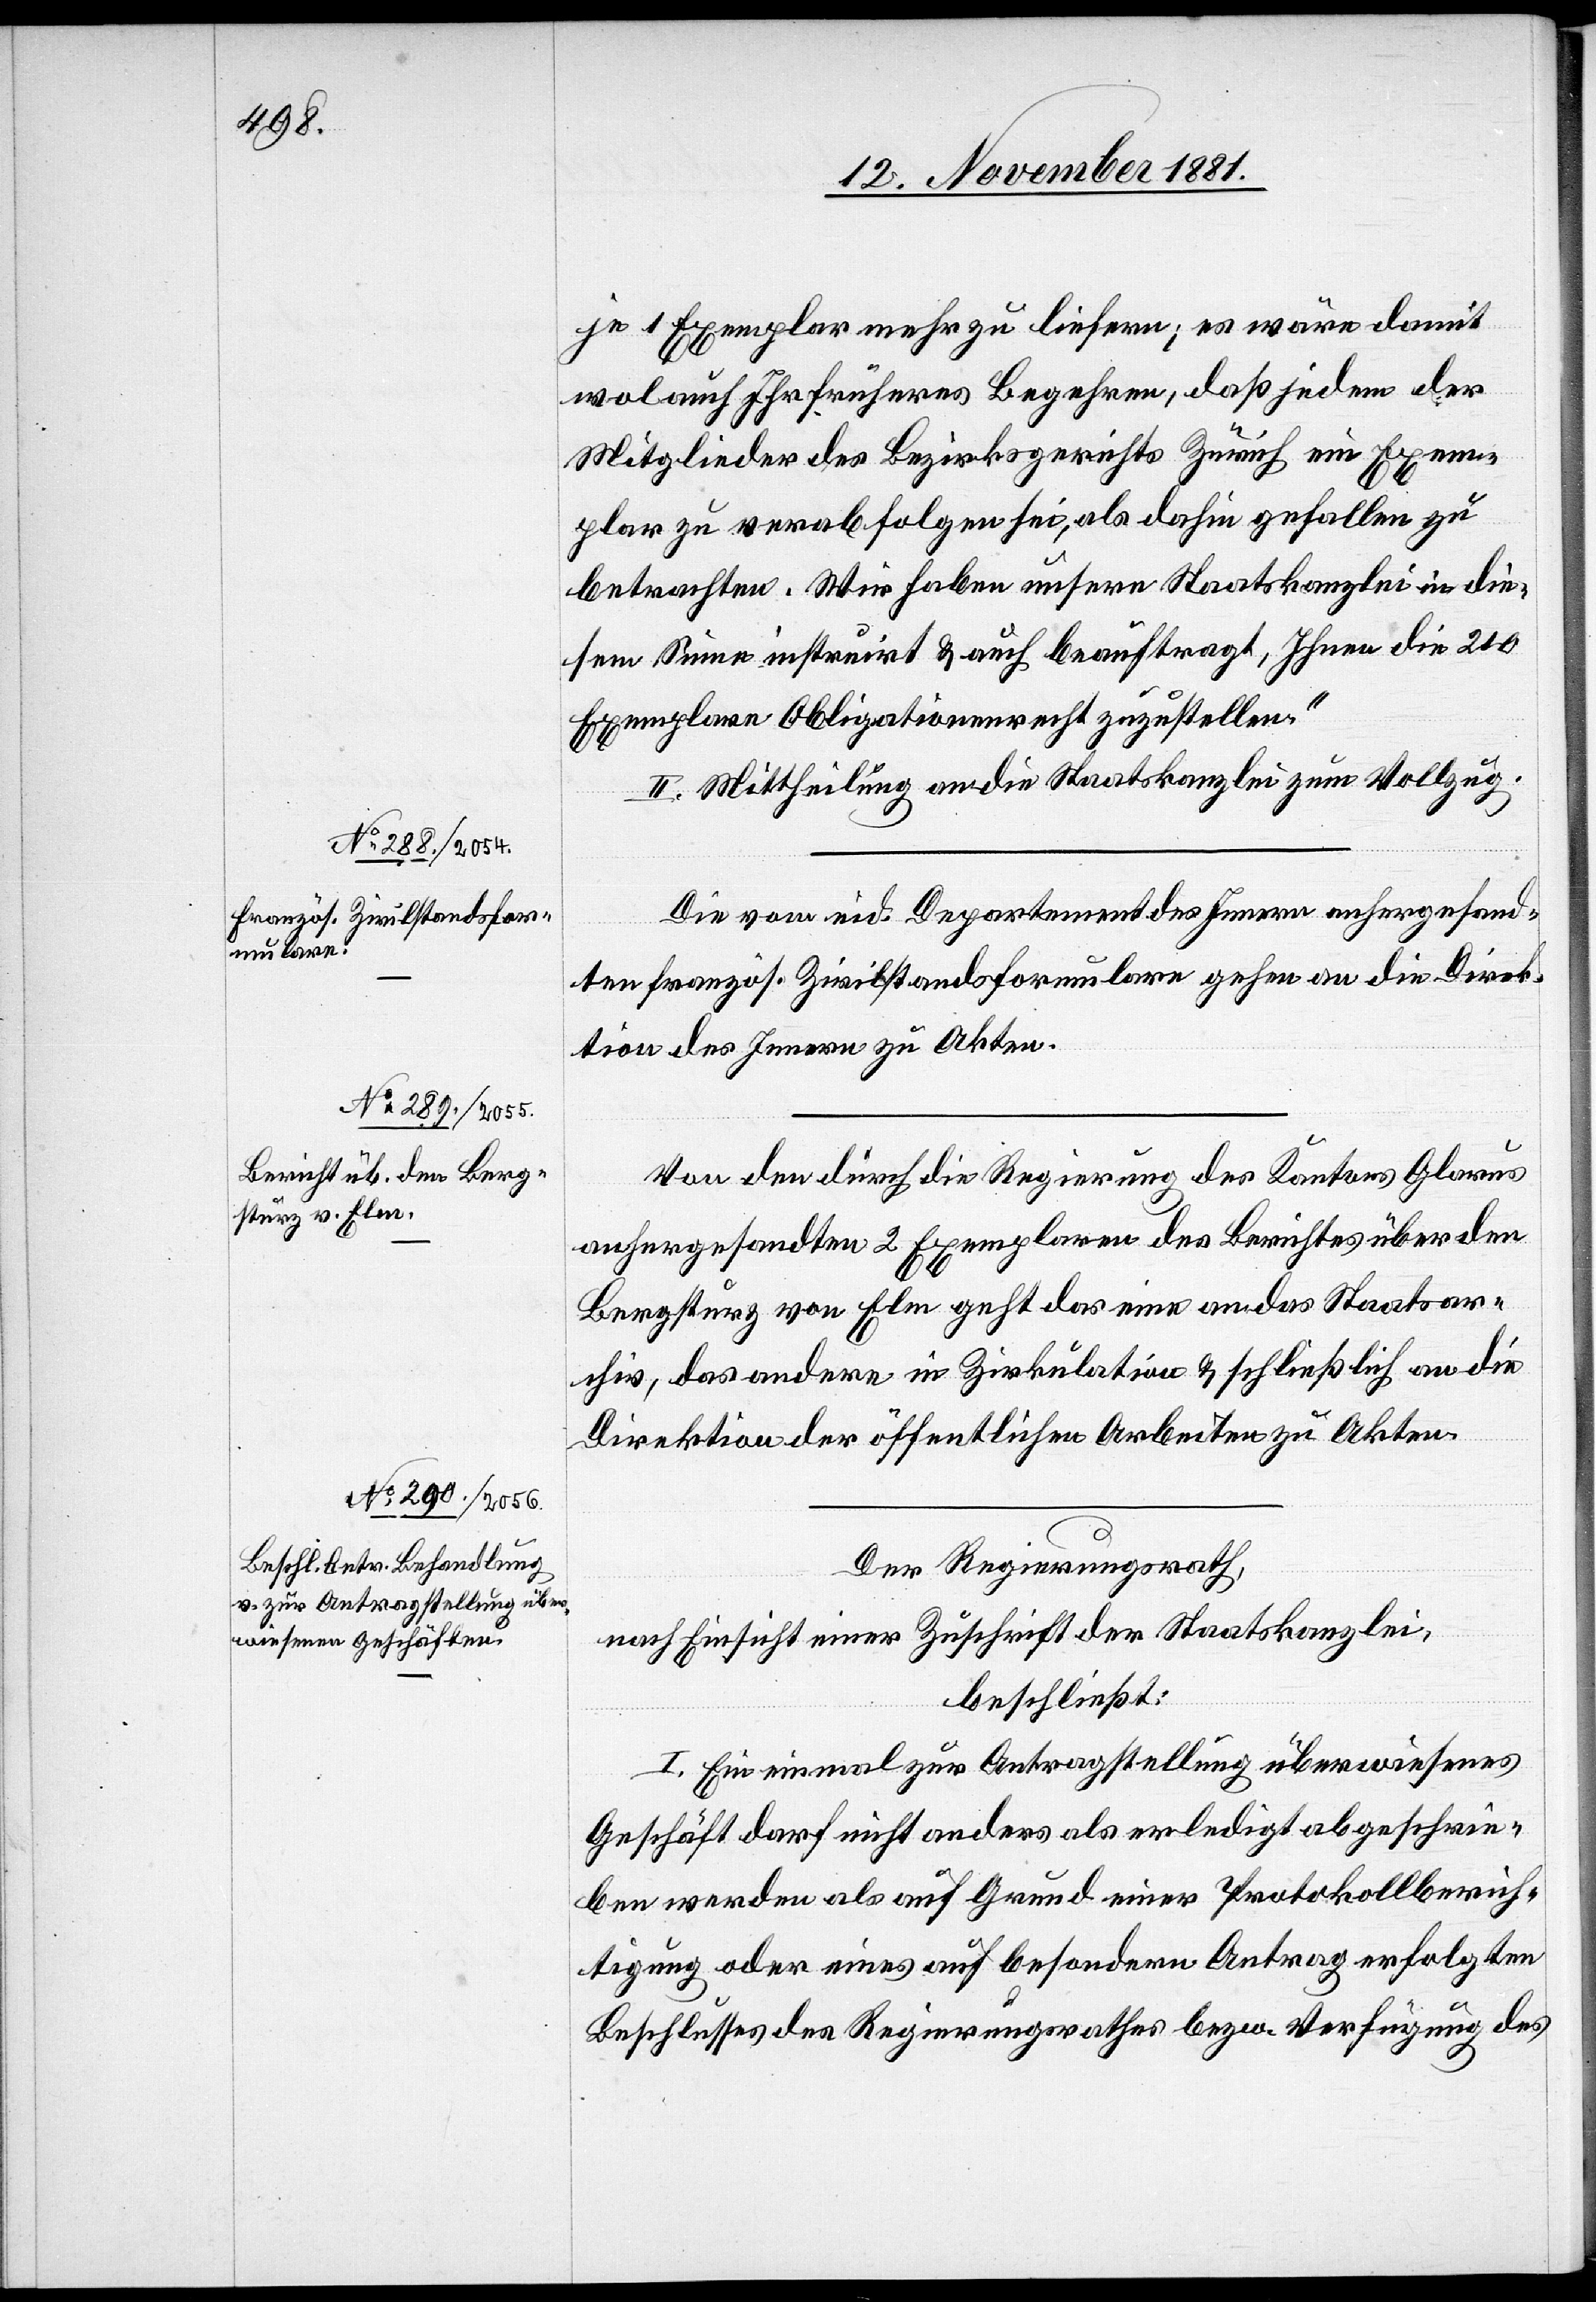
je 1 Exemplar mehr zu liefern; es wäre damit
wol auch Ihr früheres Begehren, daß jedem der
Mitglieder des Bezirksgerichts Zürich ein Exem¬
plar zu verabfolgen sei, als dahin gefallen zu
betrachten. Wir haben unsere Staatskanzlei in die¬
sem Sinne instruirt & auch beauftragt, Ihnen die 210
Exemplare Obligationenrecht zuzustellen.“
II. Mittheilung an die Staatskanzlei zum Vollzug.
Die vom eid. Departement des Innern anhergesand¬
ten französ. Zivilstandsformulare gehen an die Direk¬
tion des Innern zu Akten.
Von den durch die Regierung des Kantons Glarus
anhergesandten 2 Exemplaren des Berichtes über den
Bergsturz von Elm geht das eine an das Staatsar¬
chiv, das andere in Zirkulation & schließlich an die
Direktion der öffentlichen Arbeiten zu Akten.
Der Regierungsrath,
nach Einsicht einer Zuschrift der Staatskanzlei,
beschließt:
I. Ein einmal zur Antragstellung überwiesenes
Geschäft darf nicht anders als erledigt abgeschrie¬
ben werden als auf Grund einer Protokollberich¬
tigung oder eines auf besonderen Antrag erfolgten
Beschlusses des Regierungsrathes bezw. Verfügung des